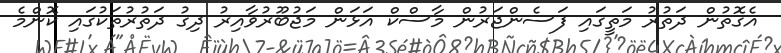
އެގޮތުން ދަތުރު މަތީގައި ފަސެންޖަރުން މާސްކް އަޅަން މަޖުބޫރުވާއިރު ދިގު ދަތުރުތަކުގައި ކޮންމެ